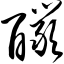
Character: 酽